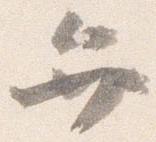
弁